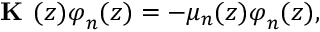
\textbf { K } ( z ) \boldsymbol { \varphi } _ { n } ( z ) = - \mu _ { n } ( z ) \boldsymbol { \varphi } _ { n } ( z ) ,